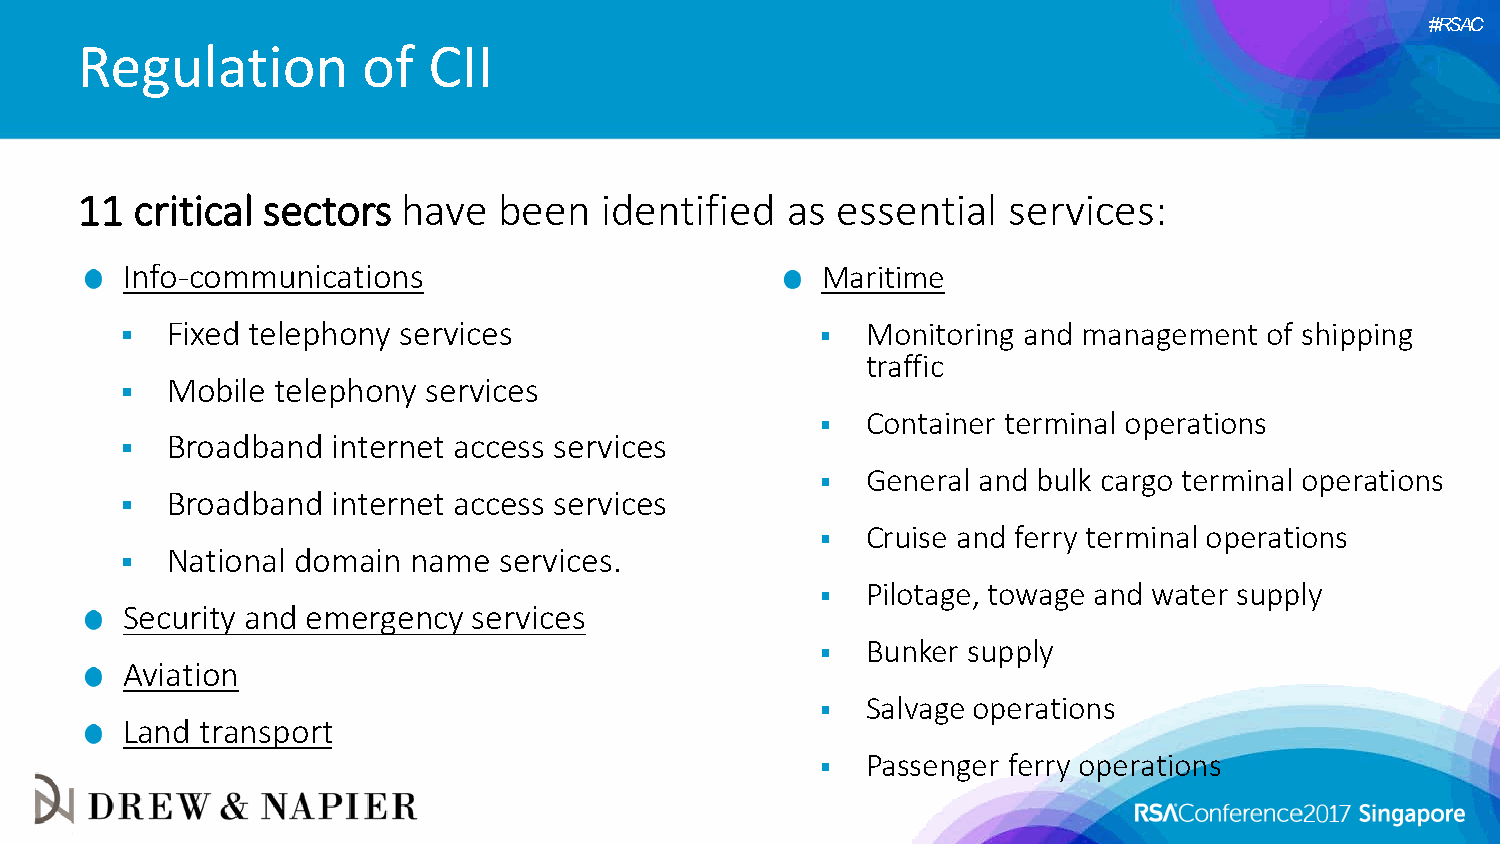
#RSAC
 Regulation         of  CII
 11  critical sectors  have  been   identified  as essential   services:
 Info-communications                           Maritime
   Fixed telephony services                     Monitoring and management  of shipping
 traffic
   Mobile telephony services
   Container terminal operations
   Broadband  internet access services
   General and bulk cargo terminal operations
   Broadband  internet access services
   Cruise and ferry terminal operations
   National domain name  services.
   Pilotage, towage and water supply
 Security and emergency services
   Bunker supply
 Aviation
   Salvage operations
 Land transport
   Passenger ferry operations